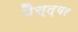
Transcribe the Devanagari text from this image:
पैस्त्यर